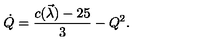
\dot { Q } = { \frac { c ( \vec { \lambda } ) - 2 5 } { 3 } } - Q ^ { 2 } .